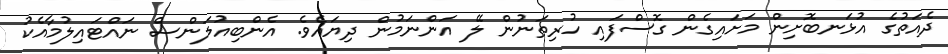
ދެއަތުގެ އުޅަނބޮށިން މަށައިގެން ގޮސްފައި ހުރިތަނުން ލޭ އަންނަމުން ދިޔައެވެ. އެންބިއުލަންސް ނައްޓައިލުމާއެކު